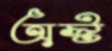
অস্ট